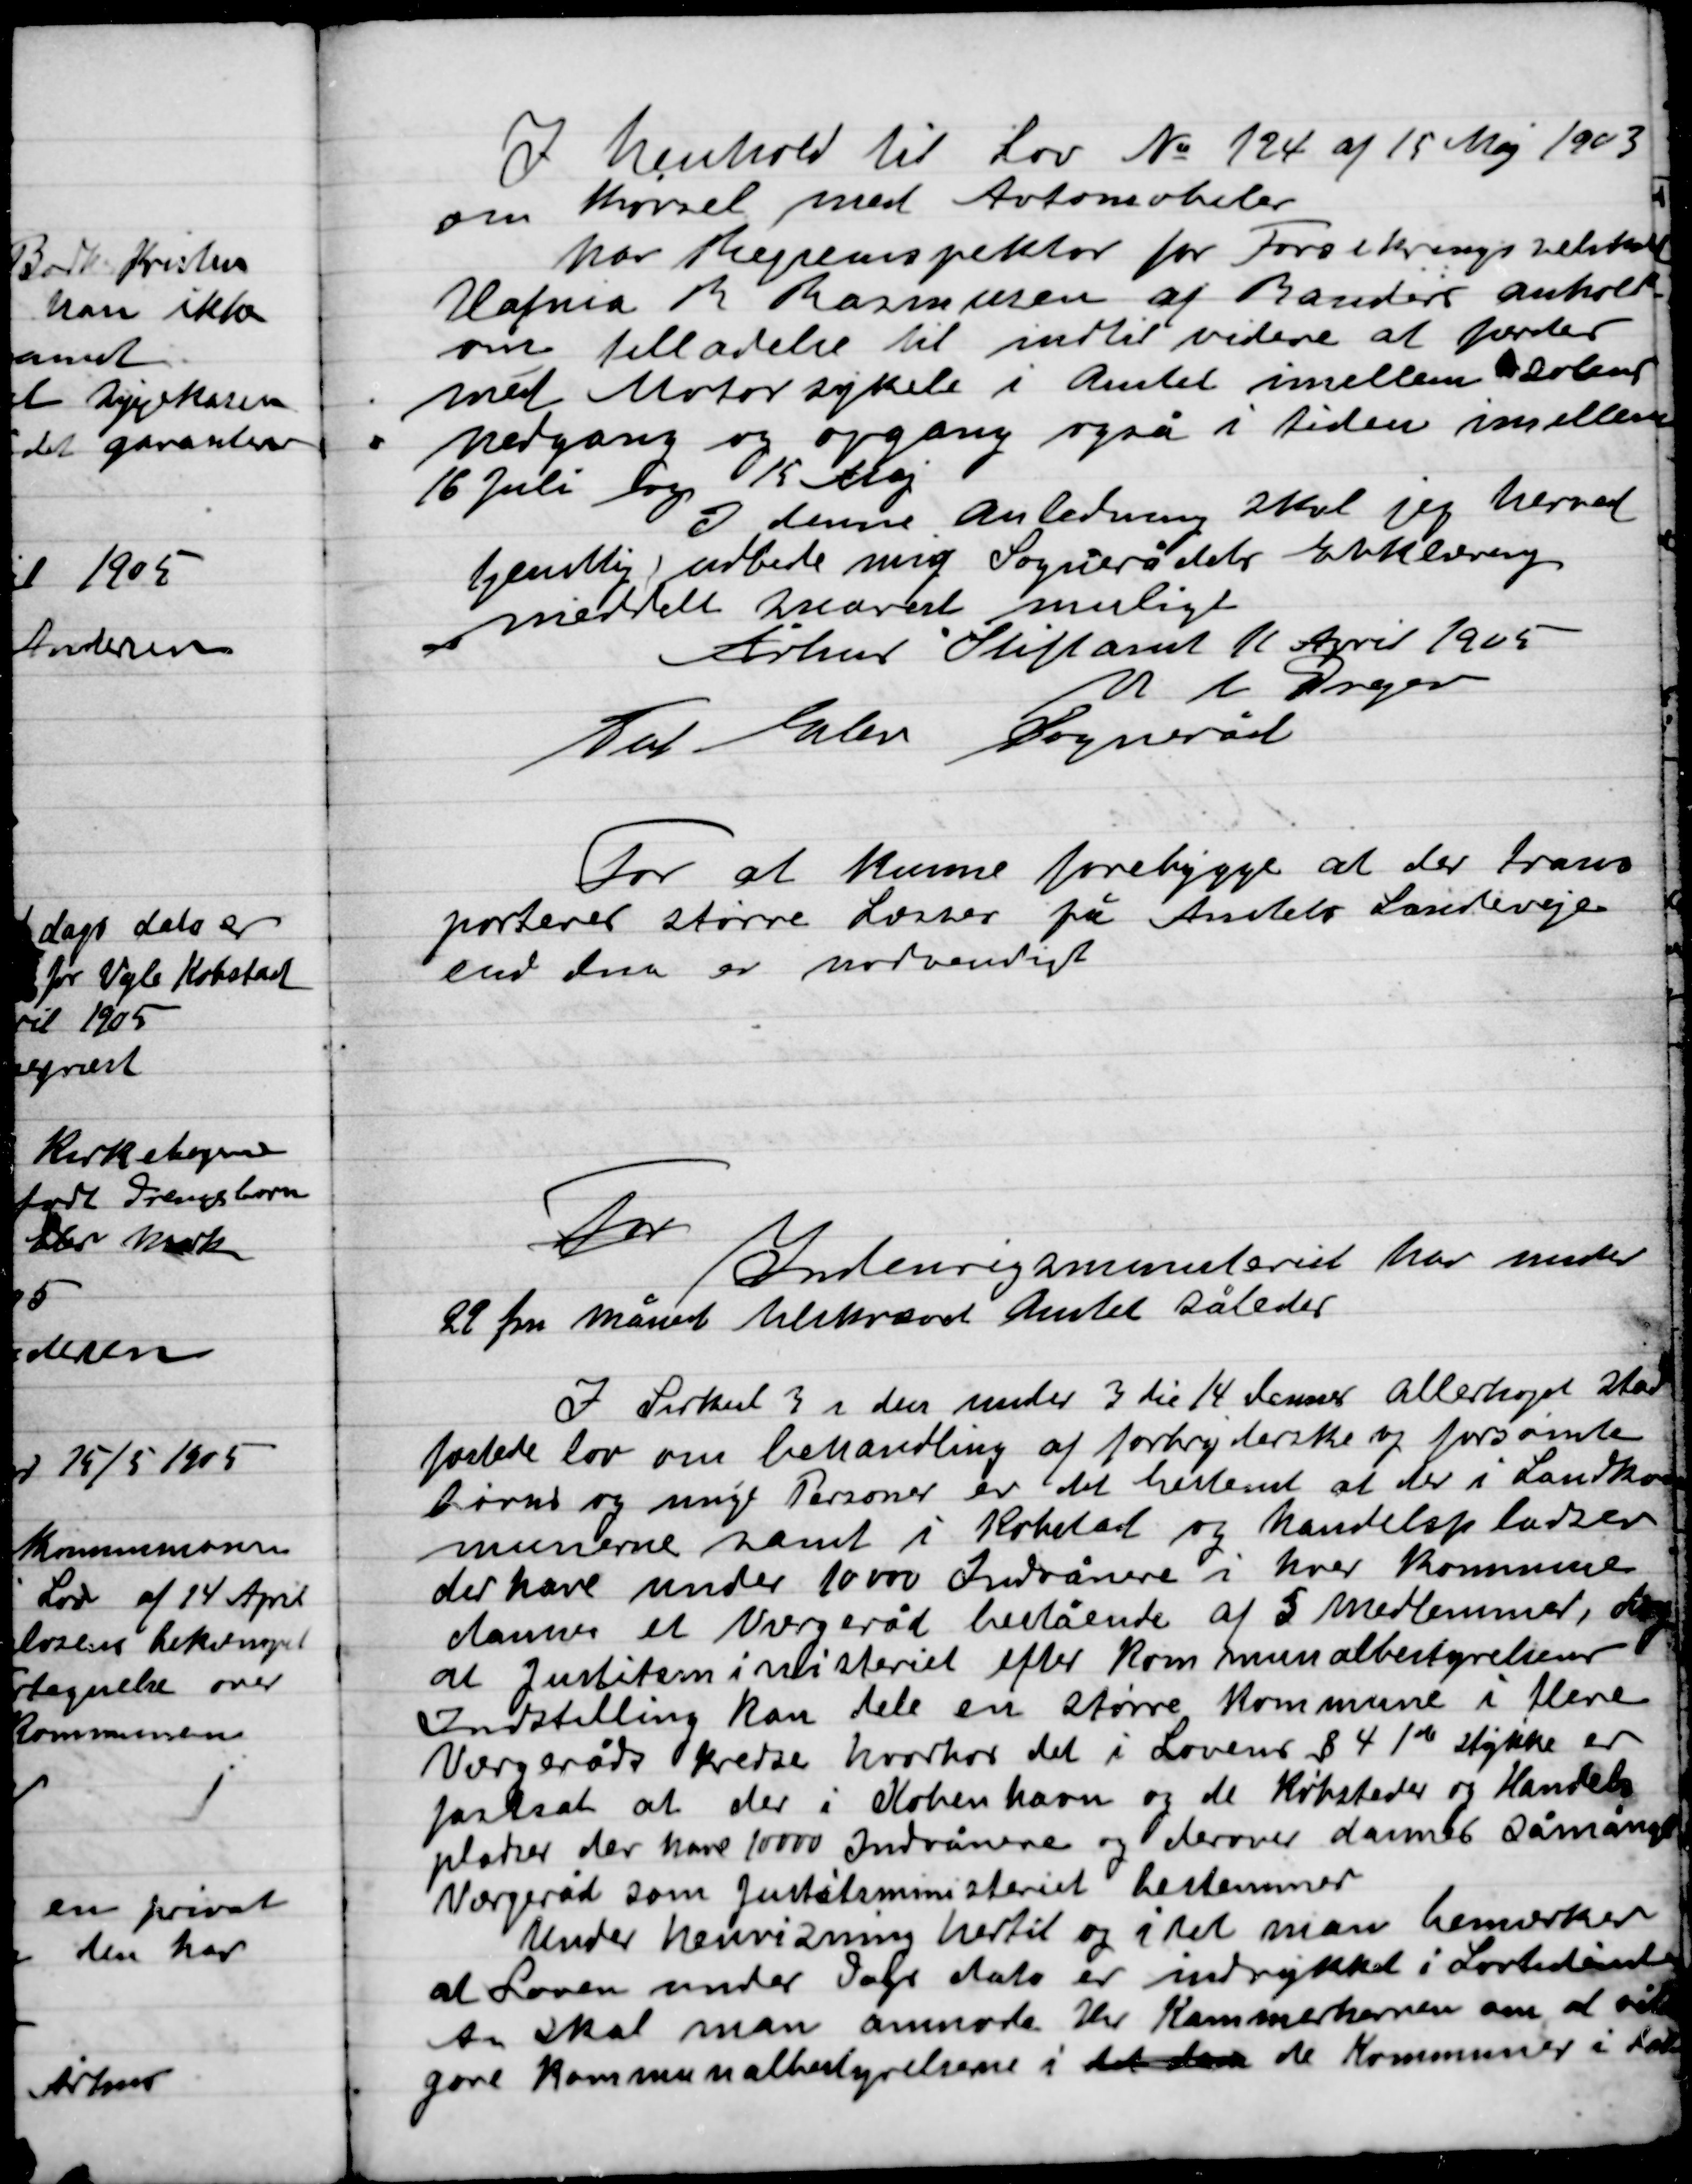
Transskription:
I henhold til lov No. 124 af 15 Maj 1903
om kørsel med Automobiler
har Rejseinspektør for Forsikringsselskabet
Hafnia R. Rasmussen af Randers anholdt
om tilladelse til indtil videre at personer
med Motorsykele i Amtet imellem solens
nedgang og opgang også i tiden imellem
16 Juli og 15 Maj
I denne Anledning skal jeg hermed
tjenstlig udbede mig Sognerådets Erklæring
Meddelt snarest muligt
Århus Stiftsamt 11 April 1905
V. L. Dreyer
Til Elev sogneråd

For at kunne forebygge at der trans-
porteres større Læsser på Amtets Landeveje
end der er nødvendigt

For
Indenrigsministeriet har under
22 for. Måned tilskrevet Amtet således
I Cirkulære 3 i den under 3die 14 denne allerhøjste skal
fordele lov om behandling af fortrydelse og forsømte
børns og unge Personer er det bestemt at der i Landkom-
munerne  samt i Hovedstad og Handelspladser
der have under 10 000 Indvånnere i hver kommune
danne et Værgeråd bestående af 5 medlemmer, dog
at Justitsministeriet efter Kommunalbestyrelser
Indstilling kan dele en større Kommune i flere
Værgerådskredse hvorhos det i Lovens § 4 1de  stykke er
Fastsat at er i København og de Købstæder og Handels
Pladser der have 10 00 indvånnere og derover danne så mange
Værgeråd som justitsministeriet bestemmer.
Under henvisning hertil og i det man bemærker
At Loven under Dags dato er indrykket i Lovtidende
 skal man anmode Hr Kammerherren om at
gøres Kommunalbestyrelserne i det dansk de Kommuner i tal